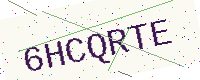
Text: 6HCQRTE